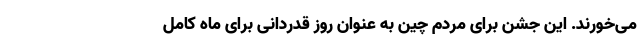
می‌خورند. این جشن برای مردم چین به عنوان روز قدردانی برای ماه کامل